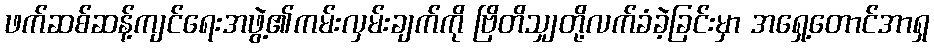
ဖက်ဆစ်ဆန့်ကျင်ရေးအဖွဲ့၏ကမ်းလှမ်းချက်ကို ဗြိတိသျှတို့လက်ခံခဲ့ခြင်းမှာ အရှေ့တောင်အာရှ